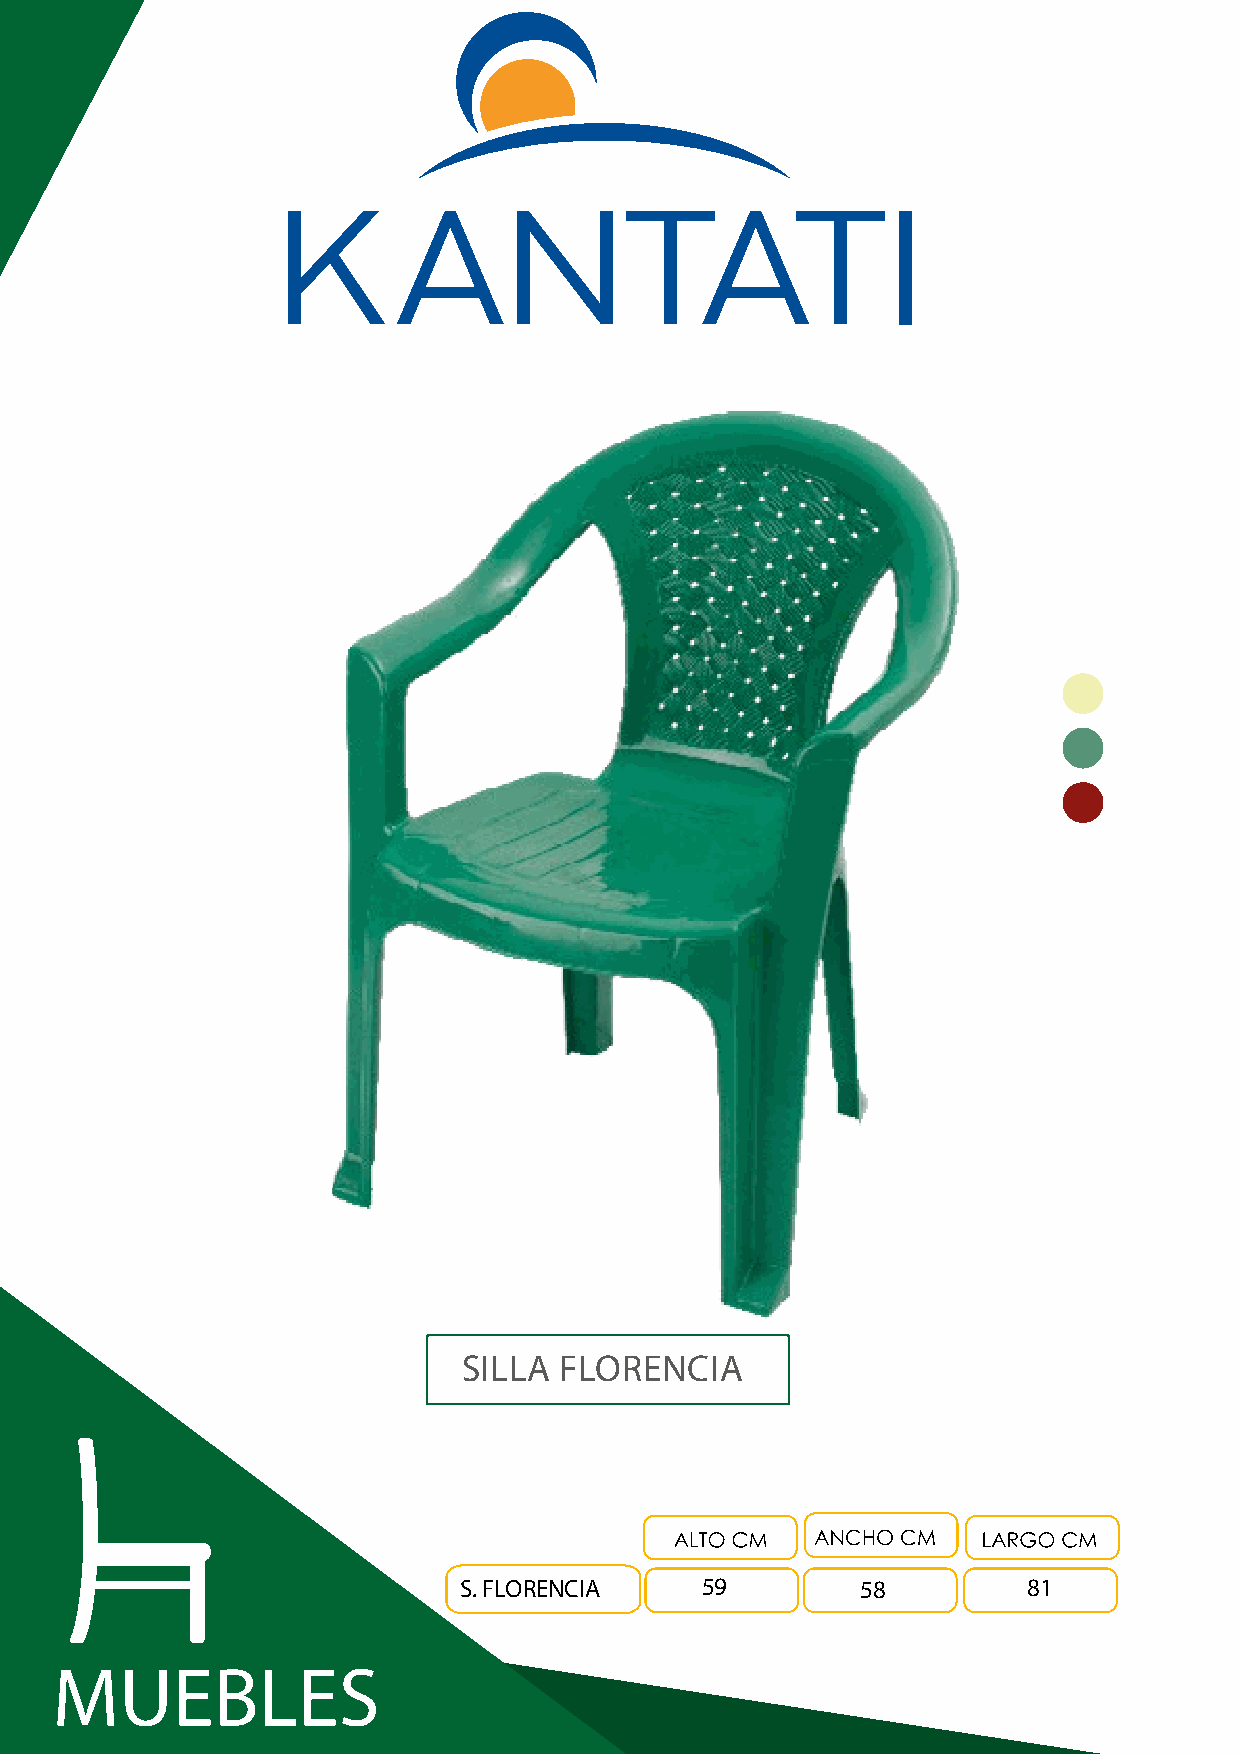
SILLA FLORENCIA
 S. FLORENCIA    59         58         81
 MUEBLES